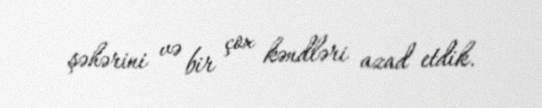
şəhərini və bir çox kəndləri azad etdik.